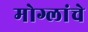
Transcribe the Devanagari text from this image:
मोग्लांचे